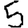
Digit: 5